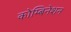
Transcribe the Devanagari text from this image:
कोम्बिनेशन